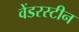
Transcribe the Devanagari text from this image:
वेंडरस्टीन